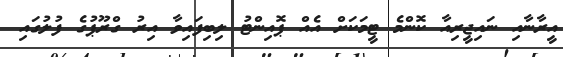
އީރާނާއި ނައިޖީރިއާ ކޮންމެ ޓީމަކަށް އެއް ޕޮއިންޓު ލިބިފައިވާ އިރު ގްރޫޕުގެ ފުލުގައި